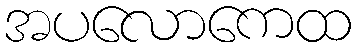
အပလောကေထ